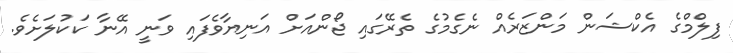
ފިލްމްގެ އެކްޝަން މަންޒަރެއް ނެގެމުގެ ތެރޭގައި ޖޯންއަށް އަނިޔާވެފައި ވަނީ އޭނާ ކަކުލަށެވެ.